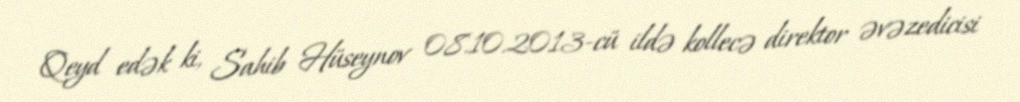
Qeyd edək ki, Sahib Hüseynov 08.10.2013-cü ildə kollecə direktor əvəzedicisi